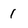
Character: 1